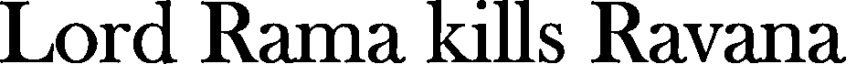
Lord Rama kills Ravana